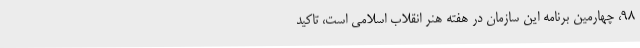
98، چهارمین برنامه این سازمان در هفته هنر انقلاب اسلامی است، تاکید